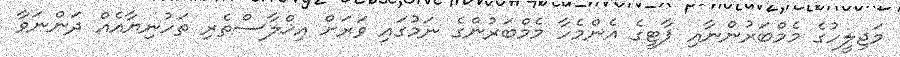
މަޖިލީހުގެ މެމްބަރުންނާއި ޕާޓީގެ އެންމެހާ މެމްބަރުންގެ ނަމުގައި ވަރަށް އިޚްލާސްތެރި ތަހުނިޔާއެއް ދަންނަވާ